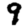
Digit: 9